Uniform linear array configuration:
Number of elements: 4
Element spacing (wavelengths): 0.75
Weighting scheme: binomial
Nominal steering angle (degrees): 60
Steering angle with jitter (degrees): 60.961
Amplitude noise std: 0.05
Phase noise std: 0.05

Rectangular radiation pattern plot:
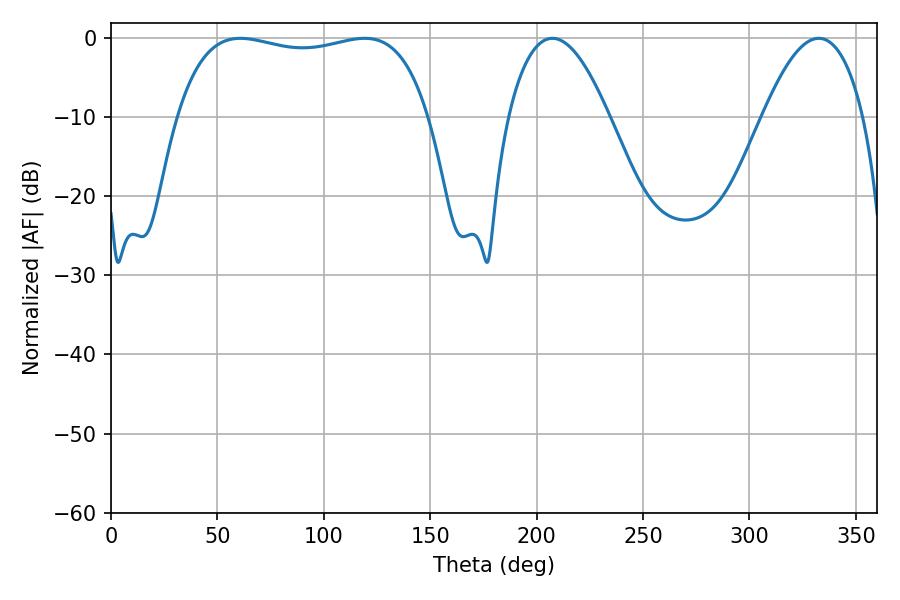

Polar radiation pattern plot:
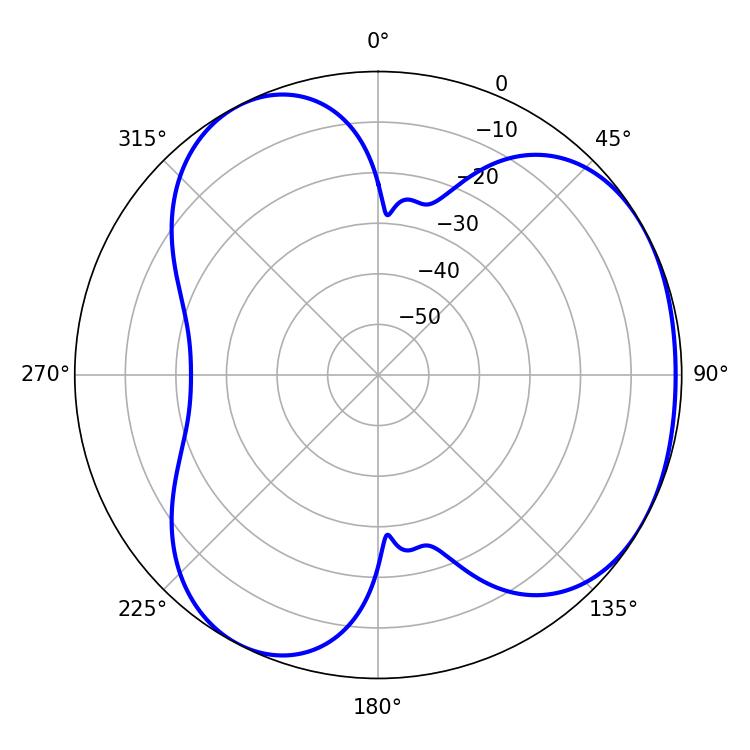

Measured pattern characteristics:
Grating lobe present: TRUE
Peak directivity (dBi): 3.641
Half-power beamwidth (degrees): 95.4
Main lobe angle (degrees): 60.84